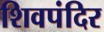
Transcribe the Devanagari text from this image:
शिवपंदिर